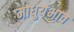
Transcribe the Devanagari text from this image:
माधुर्यभाव